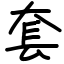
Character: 套